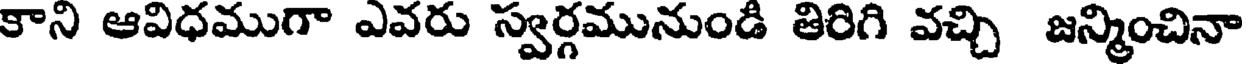
కాని ఆవిధముగా ఎవరు స్వర్గమునుండి తిరిగి వచ్చి జన్మించినా